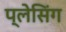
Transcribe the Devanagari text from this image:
प्लेसिंग